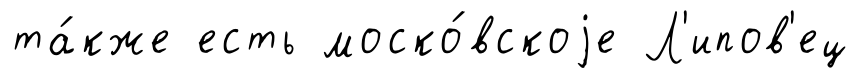
та́кже есть моско́вскоjе Л'ипов'ец